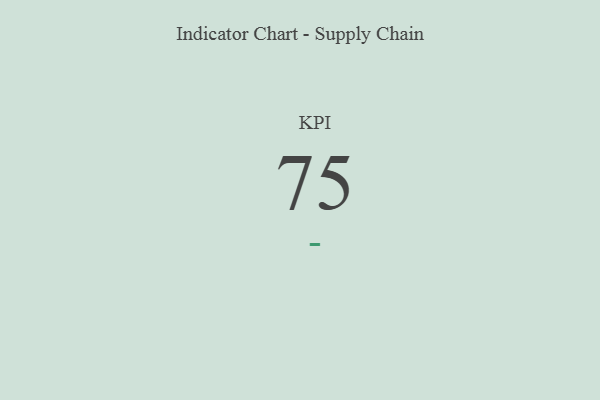
{"axis": {"x": "KPI", "y": "Value"}, "legend": [""], "data": [{"x": "KPI", "y": 75, "type": ""}]}